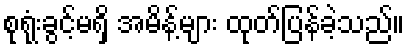
စုရုံးခွင့်မရှိ အမိန့်များ ထုတ်ပြန်ခဲ့သည်။